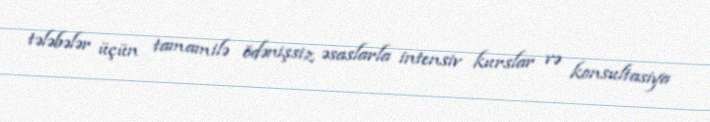
tələbələr üçün tamamilə ödənişsiz əsaslarla intensiv kurslar və konsultasiya